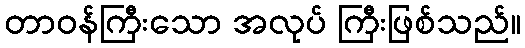
တာဝန်ကြီးသော အလုပ် ကြီးဖြစ်သည်။